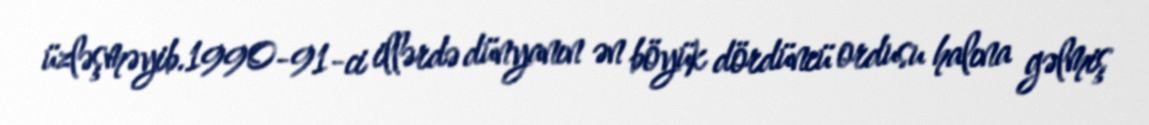
üzləşməyib.1990-91-ci illərdə dünyanın ən böyük dördüncü ordusu halına gəlmiş